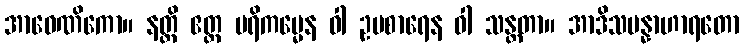
အာဝေဏိကော။ နတ္ထိ ဧတ္ထ ပရိကမ္မေန ဝါ ဥပစာရေန ဝါ သန္တတာ။ အာဒိသမန္နာဟာရတော